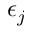
\epsilon _ { j }